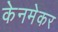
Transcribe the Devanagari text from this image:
केनमेकर